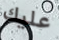
عليك